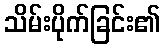
သိမ်းပိုက်ခြင်း၏